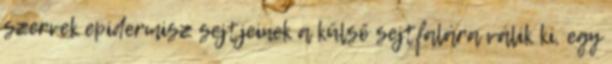
szervek epidermisz sejtjeinek a külső sejtfalára válik ki, egy